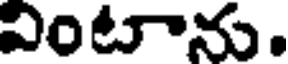
వింటాను.